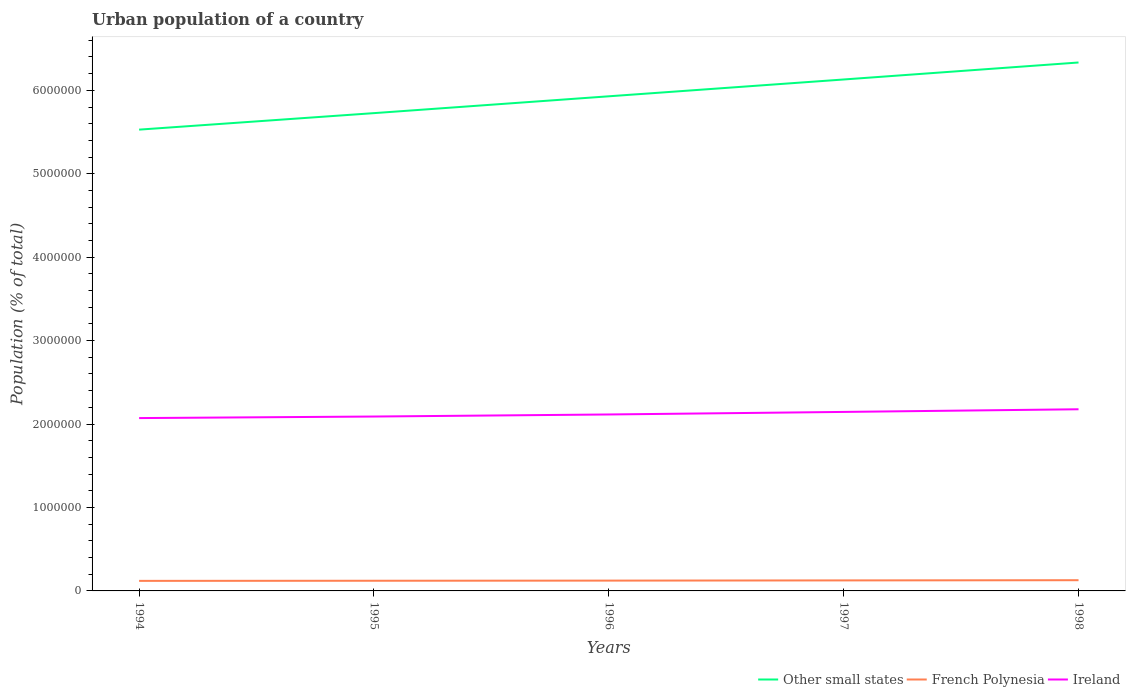
| Years | Other small states | French Polynesia | Ireland |
 | --- | --- | --- | --- |
 | 1994 | 5.53e+06 | 1.2e+05 | 2.07e+06 |
 | 1995 | 5.73e+06 | 1.22e+05 | 2.09e+06 |
 | 1996 | 5.93e+06 | 1.24e+05 | 2.11e+06 |
 | 1997 | 6.13e+06 | 1.26e+05 | 2.15e+06 |
 | 1998 | 6.33e+06 | 1.28e+05 | 2.18e+06 |